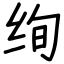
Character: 绚